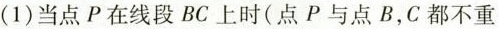
(1)当点P在线段BC上时(点P与点B，C都不重